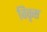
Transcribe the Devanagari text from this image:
विकृष्ठ